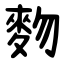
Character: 䴯